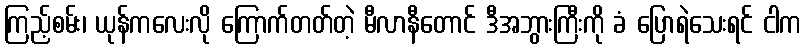
ကြည့်စမ်း၊ ယုန်ကလေးလို ကြောက်တတ်တဲ့ မီလာနီတောင် ဒီအဘွားကြီးကို ခံ ပြောရဲသေးရင် ငါက